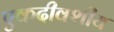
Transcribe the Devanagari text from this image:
एकदीवशीय